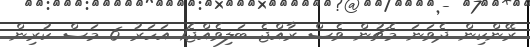
ރޭންކިން ދެވަނަ މެޗުން ވެސް ރާއްޖެ ބަލިވެއްޖެ1 އަހަރު 6 މަސް ކުރިން.